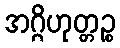
အဂ္ဂိဟုတ္တဉ္စ